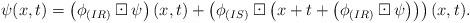
LaTeX: \begin{align*} \psi(x,t) = \left(\phi_{(IR)}\boxdot \psi\right)(x,t) + \left(\phi_{(IS)}\boxdot\left(x+t+\left(\phi_{(IR)}\boxdot \psi\right)\right)\right)(x,t).\end{align*}